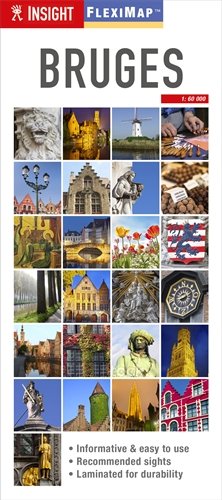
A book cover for Insight Flexi Map: Bruges (Insight Flexi Maps); Travel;